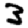
Digit: 3